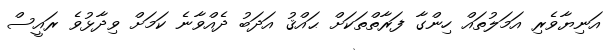
އަނިޔާވެރި އަމަލުތައް ހިންގާ ފަރާތްތަކަށް ޙައްޤު އަދަބު ދެއްވާނެ ކަމަށް ވިދާޅުވެ ރައީސް